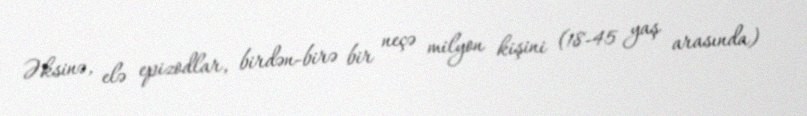
Əksinə, elə epizodlar, birdən-birə bir neçə milyon kişini (18-45 yaş arasında)